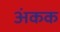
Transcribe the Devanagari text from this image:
अंकक